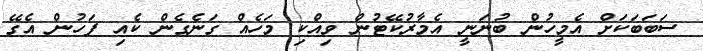
ސަބަބަކަށް އެމީހުން ބުނަނީ އެމާރުކޭޓުން ވިއްކި މަހެއް ގަނެގެން ކެއި ފަހުން އެގޭ